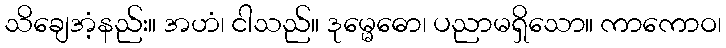
သိချေအံ့နည်း။ အဟံ၊ ငါသည်။ ဒုမ္မေဓော၊ ပညာမရှိသော။ ကာကောဝ၊